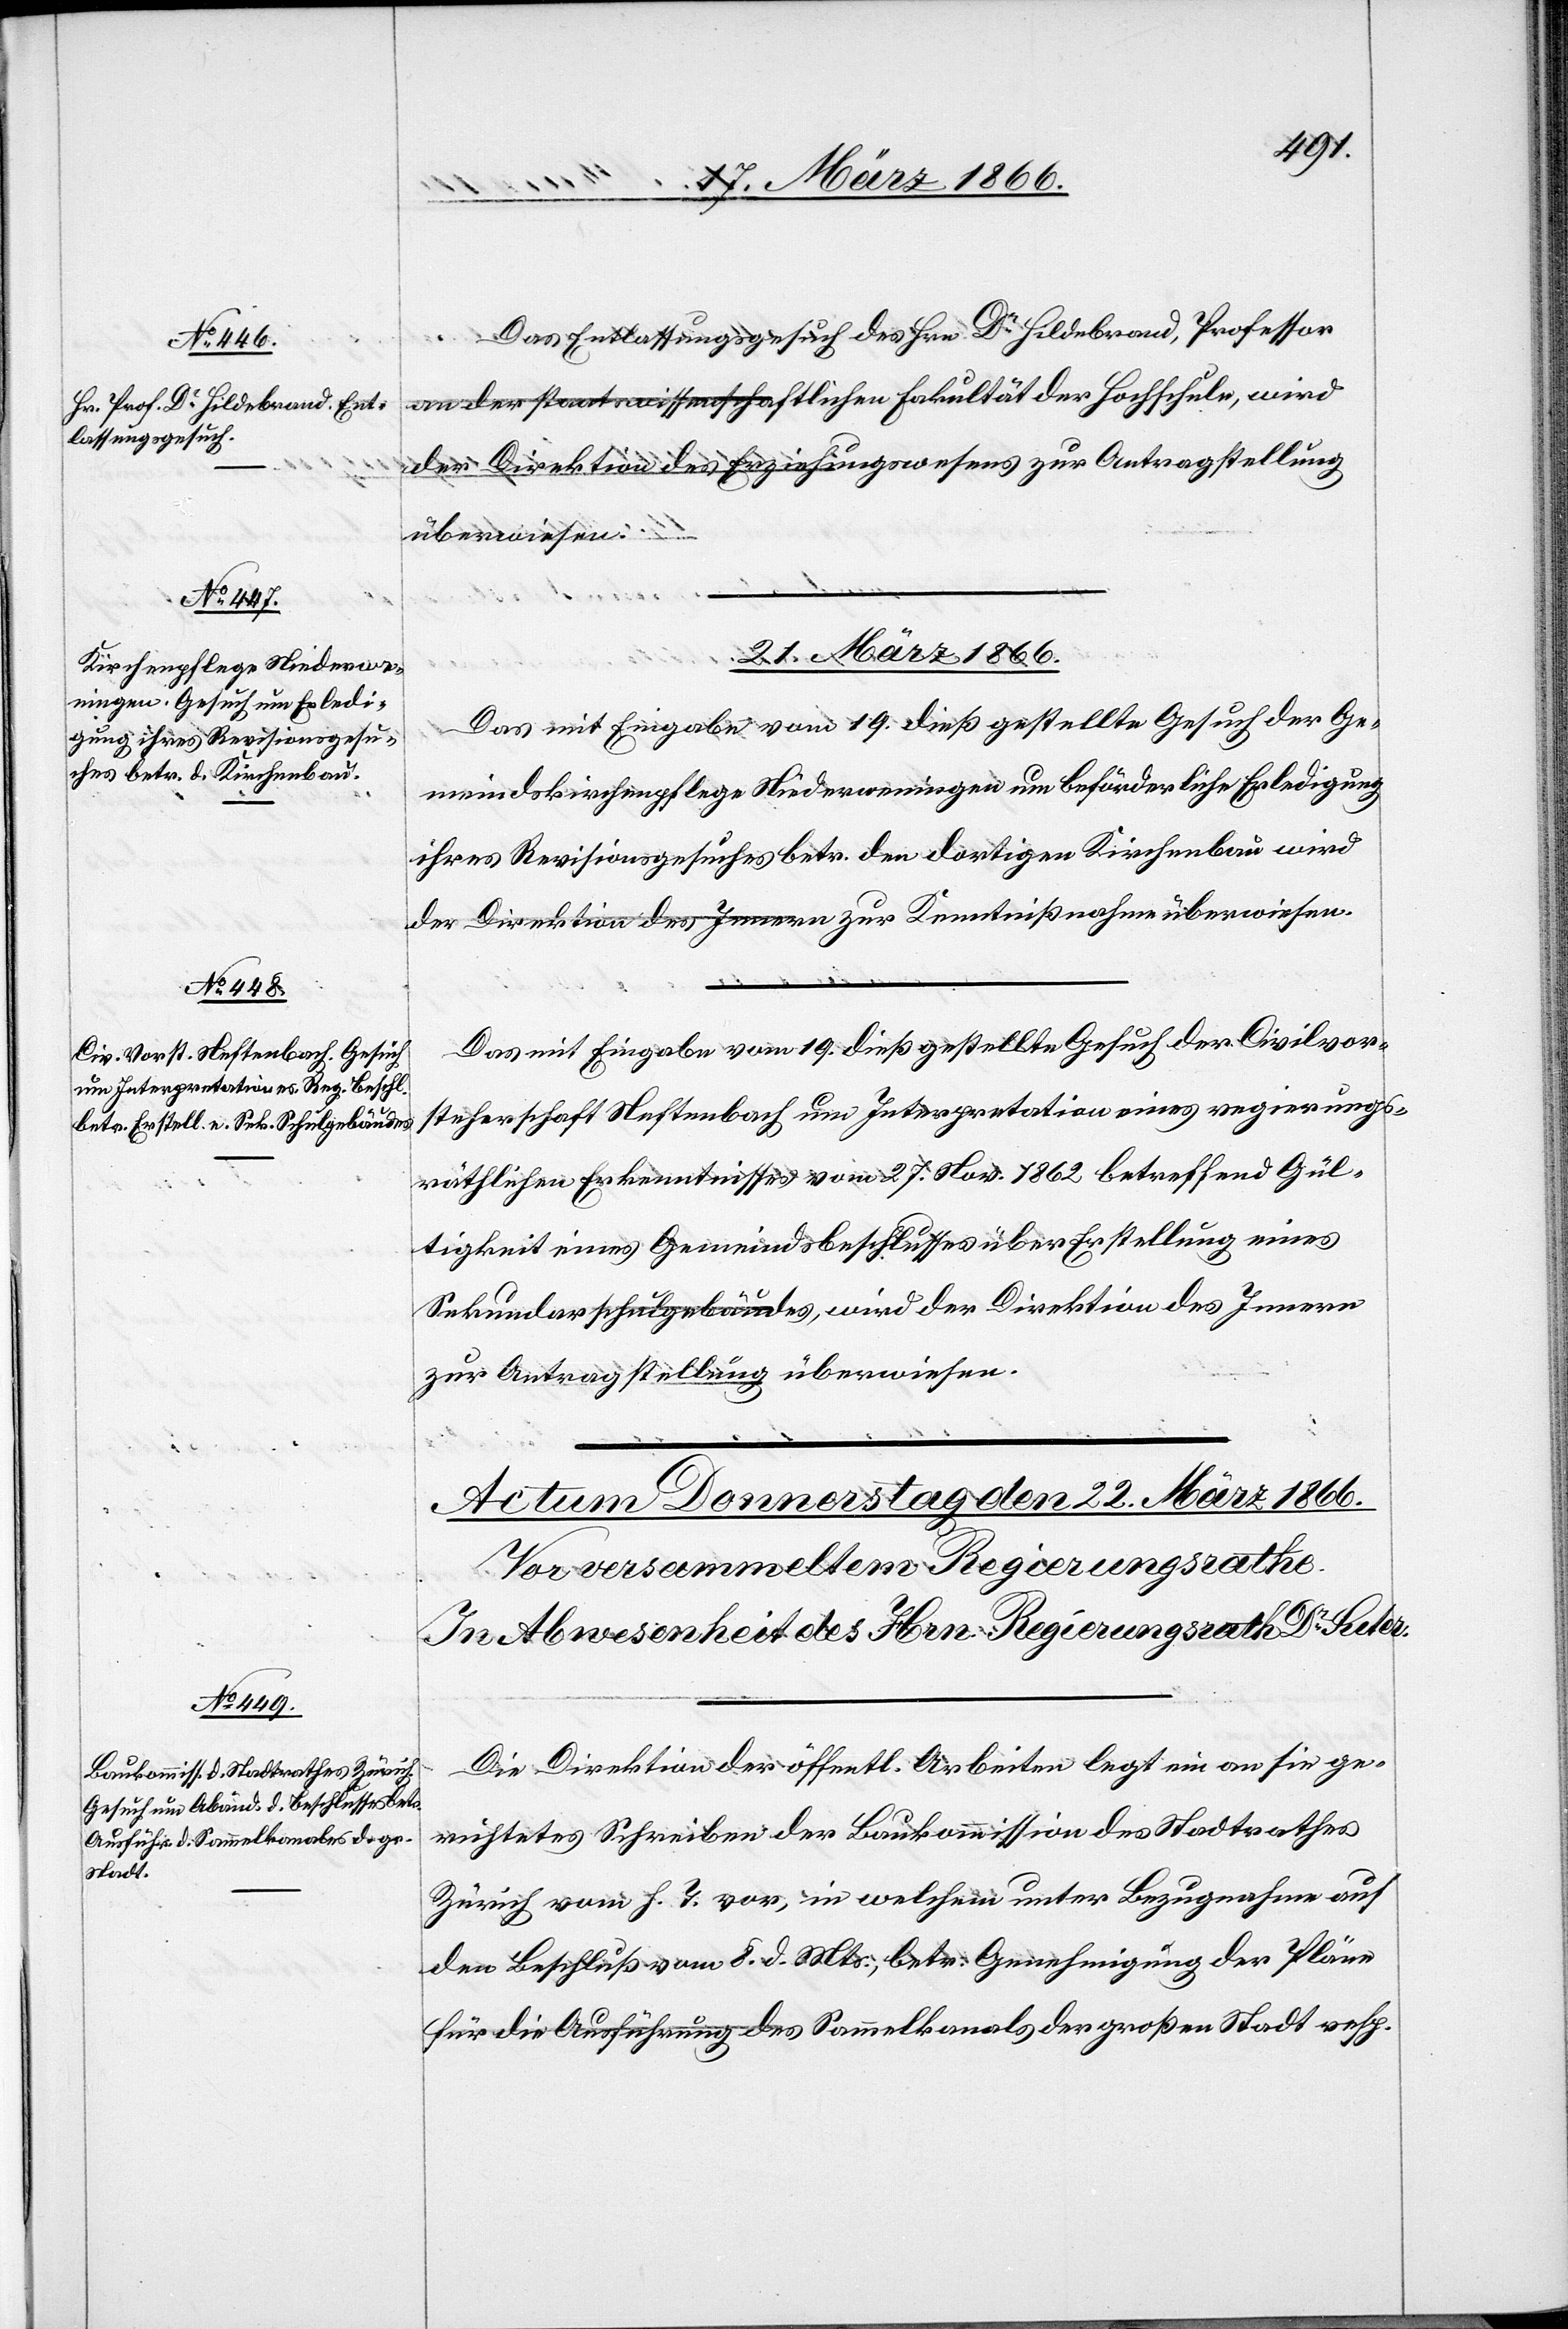
20. März 1866.]
Das Entlassungsgesuch des Hrn. Dr. Hildebrand, Professor
an der staatswissenschaftlichen Fakultät der Hochschule, wird
der Direktion des Erziehungswesens zur Antragstellung
überwiesen.
21. März 1866.
Das mit Eingabe vom 19. dieß gestellte Gesuch der Ge¬
meindskirchenpflege Niederwenigen um beförderliche Erledigung
ihres Revisionsgesuches betr. den dortigen Kirchenbau wird
der Direktion des Innern zur Kenntnißnahme überwiesen.
Das mit Eingabe vom 19. dieß gestellte Gesuch der Civilvor¬
steherschaft Neftenbach um Interpretation eines regierungs¬
räthlichen Erkenntnisses vom 27. Nov. 1862 betreffend Gül¬
tigkeit eines Gemeindsbeschlusses über Erstellung eines
Sekundarschulgebäudes, wird der Direktion des Innern
zur Antragstellung überwiesen.
Die Direktion der öffentl. Arbeiten legt ein an sie ge¬
richtetes Schreiben der Baukommission des Stadtrathes
Zürich vom g. T. vor, in welchem unter Bezugnahme auf
den Beschluß vom 8. d. Mts., betr Genehmigung der Pläne
für die Ausführung des Sammelkanals der großen Stadt resp.